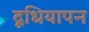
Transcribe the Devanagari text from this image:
दूधियापन